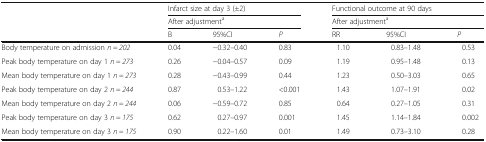
<table><thead><tr><td rowspan="3"></td><td colspan="3"><b>Infarct size at day 3 (±2)</b></td><td colspan="3"><b>Functional outcome at 90 days</b></td></tr><tr><td colspan="3"><b>After adjustment<sup>a</sup></b></td><td colspan="3"><b>After adjustment<sup>a</sup></b></td></tr><tr><td><b>B</b></td><td><b>95%CI</b></td><td><b><i>P</i></b></td><td><b>RR</b></td><td><b>95%CI</b></td><td><b><i>P</i></b></td></tr></thead><tbody><tr><td>Body temperature on admission <i>n = 202</i></td><td>0.04</td><td>−0.32–0.40</td><td>0.83</td><td>1.10</td><td>0.83–1.48</td><td>0.53</td></tr><tr><td>Peak body temperature on day 1 <i>n = 273</i></td><td>0.26</td><td>−0.04–0.57</td><td>0.09</td><td>1.19</td><td>0.95–1.48</td><td>0.13</td></tr><tr><td>Mean body temperature on day 1 <i>n = 273</i></td><td>0.28</td><td>−0.43–0.99</td><td>0.44</td><td>1.23</td><td>0.50–3.03</td><td>0.65</td></tr><tr><td>Peak body temperature on day 2 <i>n = 244</i></td><td>0.87</td><td>0.53–1.22</td><td>&lt;0.001</td><td>1.43</td><td>1.07–1.91</td><td>0.02</td></tr><tr><td>Mean body temperature on day 2 <i>n = 244</i></td><td>0.06</td><td>−0.59–0.72</td><td>0.85</td><td>0.64</td><td>0.27–1.05</td><td>0.31</td></tr><tr><td>Peak body temperature on day 3 <i>n = 175</i></td><td>0.62</td><td>0.27–0.97</td><td>0.001</td><td>1.45</td><td>1.14–1.84</td><td>0.002</td></tr><tr><td>Mean body temperature on day 3 <i>n = 175</i></td><td>0.90</td><td>0.22–1.60</td><td>0.01</td><td>1.49</td><td>0.73–3.10</td><td>0.28</td></tr></tbody></table>